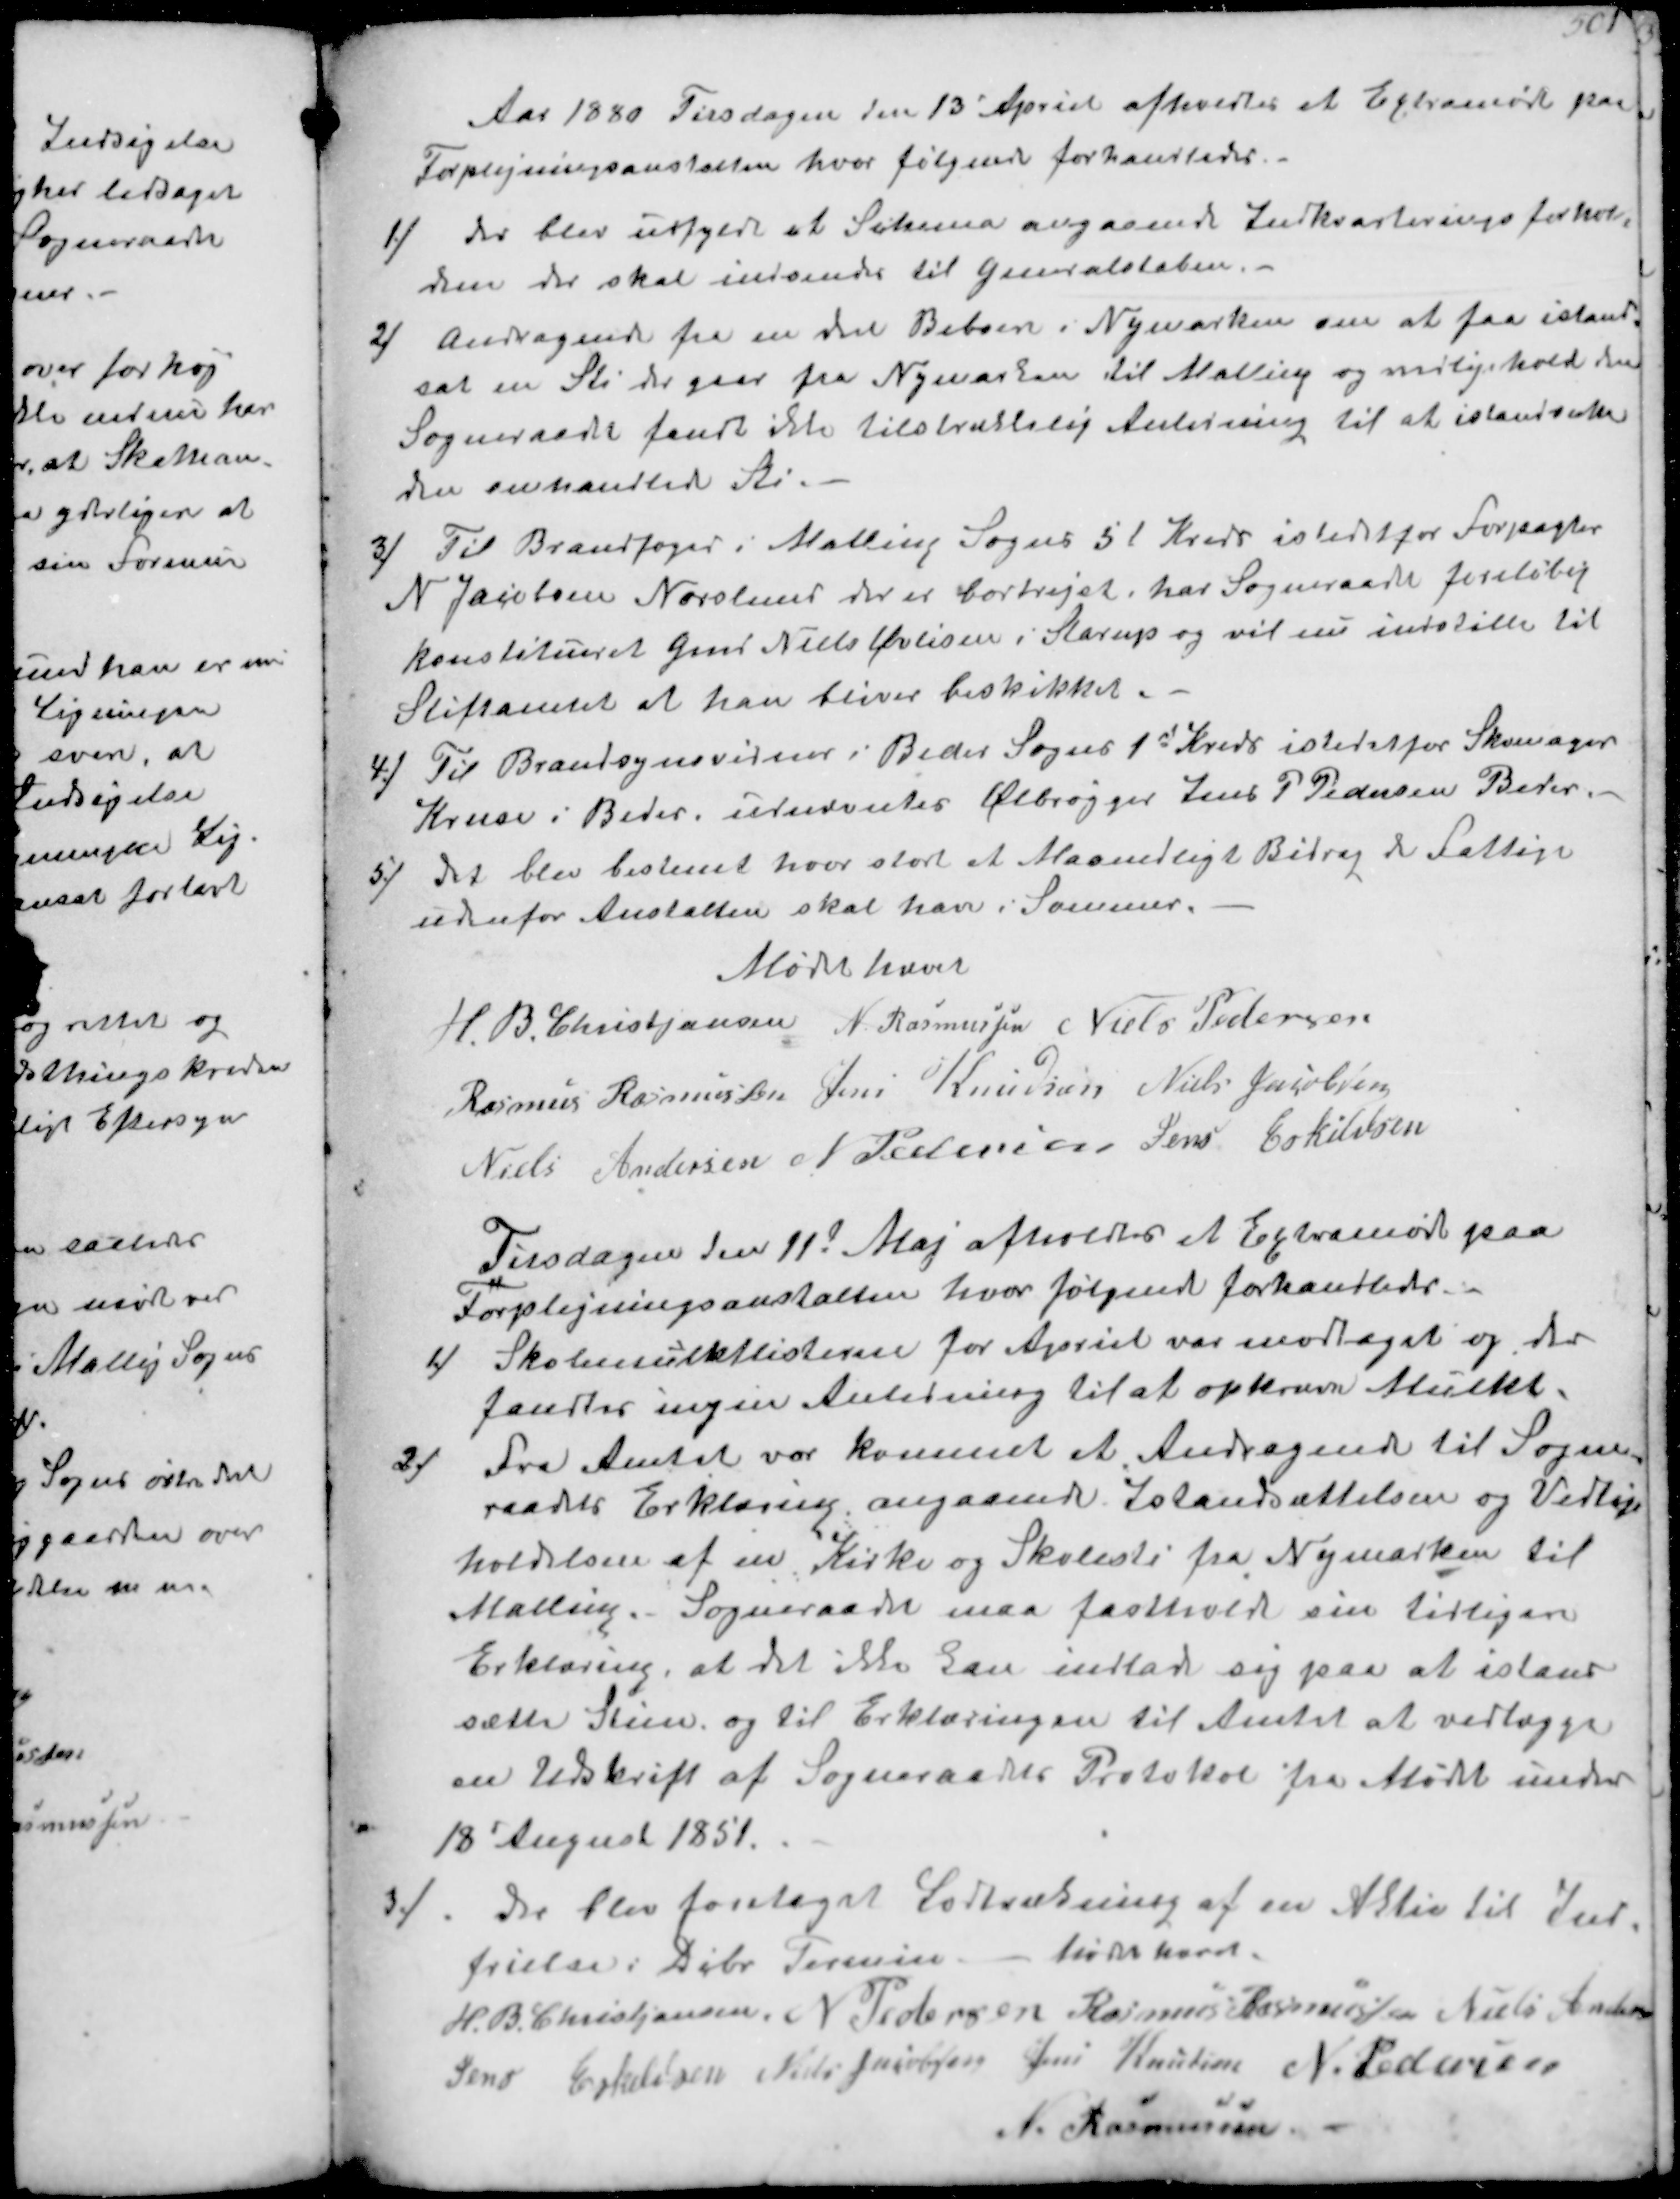
Transskription:
Aar 1880 Tirsdagen den 13' April afholdtes et Extramøde paa
Forplejningsanstalten hvor følgende forhandledes.
1/
der blev udfyldt et Schema angaaende Indkvatningsforhol-
dene der skal indsendes til Generalstaben.
2/
Andragende fra en del Beboere i Nymarken om at faa istand-
sat en Sti der gaar fra Nymarken til Malling og vedligehold den
Sogneraadet fandt ikke tilstrækkelig Anledning til at istandsætte
den omhandlede Sti.
3/
Til Brandfoged i Malling Sogns 5 t Kreds istedetfor Forpagter
N Jacobsen Norslund der er bortrejst har Sogneraadet foreløbig
konstitueret Gmd Niels Øvlisen i Starup og vil nu indstille til
Stiftamtet at han bliver beskikket.
4/
Til Brandsynsvidner i Beder Sogns 1st Kreds istedetfor Skomager
Kruse i Beder. udnævntes Ølbrøgger Jens P Pedersen Beder.
5/
det blev bestemt hvor stort et Maanedligt Bidrag de Fattige
udenfor Anstalten skal have i Sommer
Mødet hævet
H. B. Christjansen
N. Rasmussen
Niels Pedersen
Rasmus Rasmussen
Jens Knudsen
Niels Jacobsen
Niels Andersen
N Pedersen
Jens Eskildsen

Tirsdagen den 11t Maj afholdtes et Extramøde paa
Forplejningsanstalten hvor følgende forhandledes.
1/ Skolemulktlisterne for Apriel var modtaget og der
fandtes ingen Anledning til at opkræve Mulkter
2/
Fra Amtet var kommet et Andragende til Sogne-
raadets Erklæring angaaende Istandsættelsen og Vedlige-
holdelsen af en Kirke og Skolesti fra Nymarken til
Malling. Sogneraadet maa fastholde sin tidligere
Erklæring, at det ikke kan indlade sig paa at istand-
sætte Stien og til Erklæringen til Amtet at vedlægge
en Udskrift af Sogneraadets Protokol fra Mødet under
18´ August 1851.
3/
De blev foretaget Lodtrækning af en Aktie til Ind-
frielse: Dcbr Termin- Mødet hævet
H. B. Christjansen
N Pedersen
Rasmus Rasmussen
Niels Andersen
Jens Eskildsen
Niels Jacobsen
Jens Knudsen
N. Pedersen
N Rasmussen